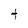
Character: t